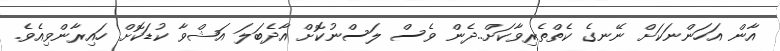
އާން އަހަންނަކަށް ނޭނގެ ކެތްތެރިވާކަށް..ދެން ވެސް ލަސްނުކޮށް އާދެބަލަ އަޝްވާ ކުޑަކޮށް ހައިރާންވިއެވެ.